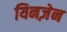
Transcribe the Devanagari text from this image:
यिनज़ेन